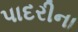
પાદરીના